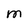
Character: M